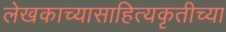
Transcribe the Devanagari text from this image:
लेखकाच्यासाहित्यकृतीच्या